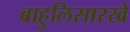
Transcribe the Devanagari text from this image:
बाहुलिसारखे